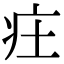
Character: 㽵